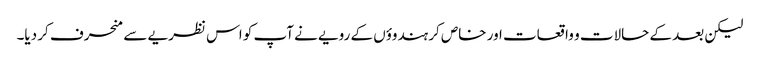
لیکن بعد کے حالات و واقعات اور خاص کر ہندوؤں کے رویے نے آپ کو اس نظریے سے منحرف کر دیا۔